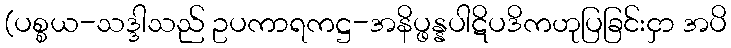
(ပစ္စယ-သဒ္ဒါသည် ဥပကာရကဋ္ဌ-အနိပ္ဖန္နပါဋိပဒိကဟုပြခြင်းငှာ အပိ